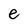
Character: e